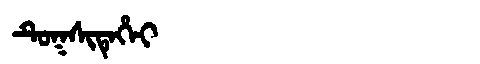
Manchu: ᡨᡠᡴᠰᡳᡨᡝᡥᡝᡳ
Romanization: TUKSITEHEI